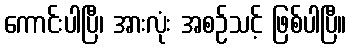
ကောင်းပါပြီ၊ အားလုံး အစဉ်သင့် ဖြစ်ပါပြီ။